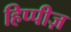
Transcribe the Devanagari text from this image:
हिप्पीज़